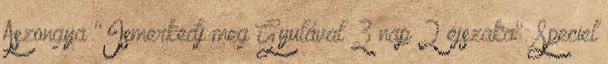
Aszongya "Ismerkedj meg Gyulával 3 nap 2 éjszaka". Speciel